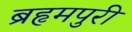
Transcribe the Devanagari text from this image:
ब्रहृमपुरी